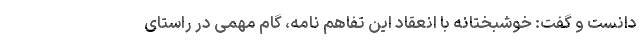
دانست و گفت: خوشبختانه با انعقاد این تفاهم نامه، گام مهمی در راستای